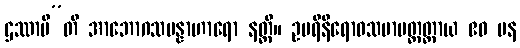
ဌဿာမီ”တိ အာဘောဂသမန္နာဟာရော နတ္ထိ။ ဥပရိနိရောဓသမာပတ္တတ္ထာယ ဧဝ ပန